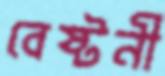
বেষ্টনী